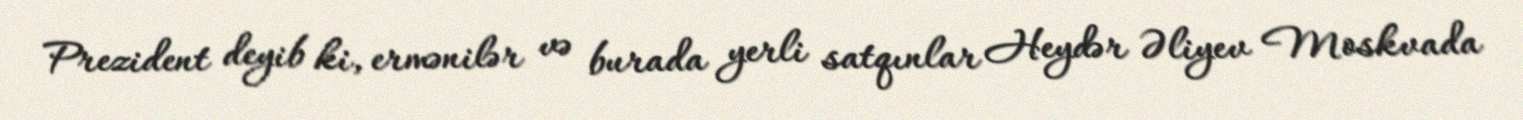
Prezident deyib ki, ermənilər və burada yerli satqınlar Heydər Əliyev Moskvada